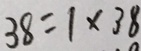
3 8 = 1 \times 3 8